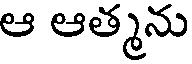
ఆ ఆత్మను